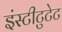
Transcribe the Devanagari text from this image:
इंस्टीटुटेट